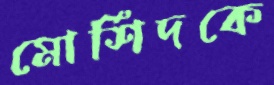
মোর্শিদকে